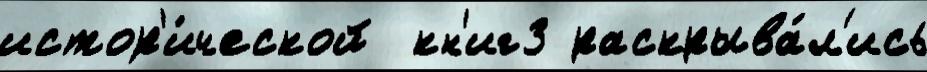
истор'и́ческой  кн'иг3 раскрыва́л'ись